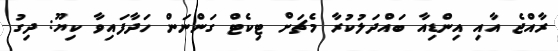
ރާއްޖެ އާއި އިންޑިއާ ބައްދަލުކުރާ މެޗަށް ޓިކެޓް ގަންނަން ހަދާފައިވާ ކިޔޫ: ދިގު